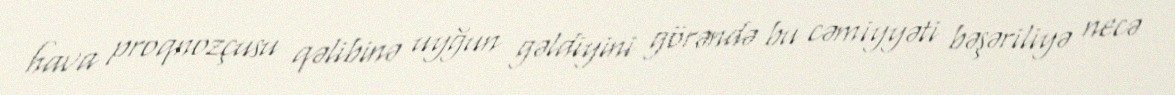
hava proqnozçusu qəlibinə uyğun gəldiyini görəndə bu cəmiyyəti bəşəriliyə necə